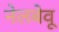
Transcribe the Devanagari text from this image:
नेलबेवू